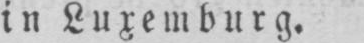
in Luxemburg.